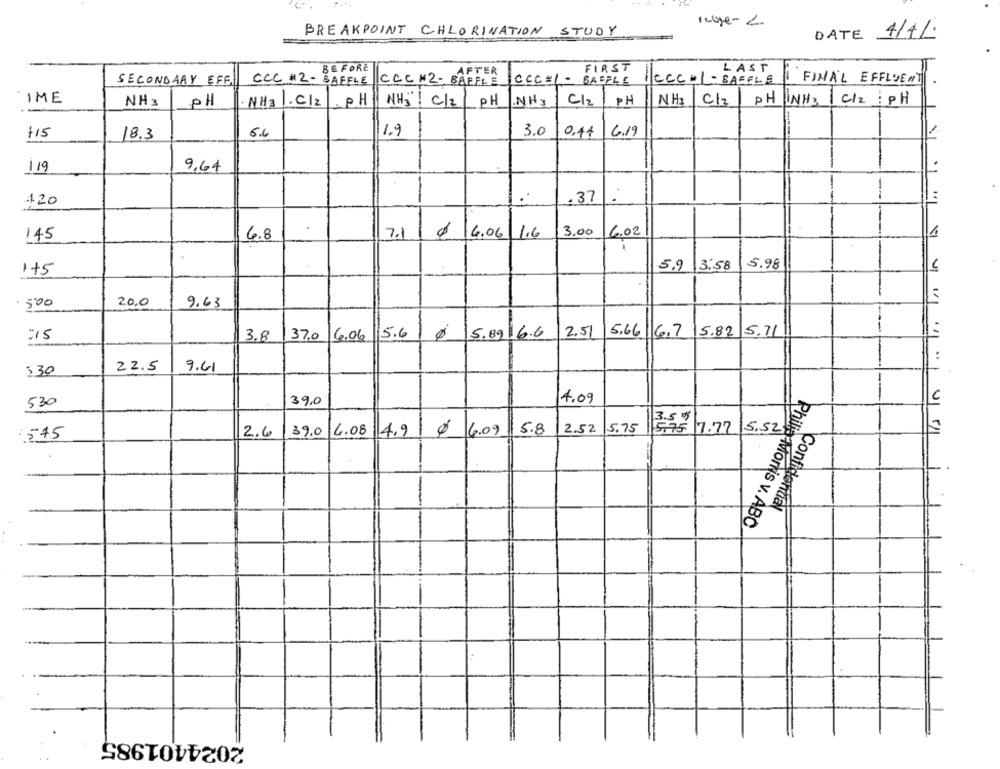
Huge- 2.
BREAKPOINT CHLORINATION STUDY
DATE 4/4/
BEFORE
FIRST
LAST
SECONDARY EFFI
CCC # 2 - BAFFLE CCC × 2 - BAFFLE
CCC=1-
BAFFLE
Hecc-1 - BAFFLE
I FINAL EFFLUENT
IME
C/2/
PH
NH3
PH INH3| C/2 : PH
NH3
PH
·NH3 . C/2 PH
NH"! C/2 PH
NH3
C/2/
1.9
3.0
6.19
+15
18.3
6.6
0.44
/19
9.64
-
-
. .
.37
+20
3.00
145
4.8
7.1
$ 6.06 1.6
6.02
5.9
3:58
5.98
1+5
. 500
20,0
9.63
---
3.8
37.0 6.06
5.6
5.89 6.6
2.51
5.66 6.7
5.82
5.71
22.5
9.61
3.30
39,0
4.09
530
3.5 4
39.0 4.08
4.9 0 6.09
2.52
5.75
5.75 7.77
:545
2.6
5.8
5.52
-
Confidential
Philip Morris v. ABO
2024401985